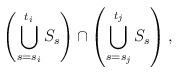
LaTeX: \begin{align*}\left(\bigcup_{s=s_i}^{t_i}S_s\right)\cap \left(\bigcup_{s=s_j}^{t_j}S_s\right),\end{align*}